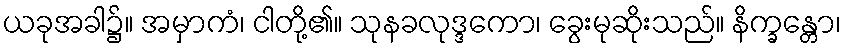
ယခုအခါ၌။ အမှာကံ၊ ငါတို့၏။ သုနခလုဒ္ဒကော၊ ခွေးမုဆိုးသည်။ နိက္ခန္တော၊